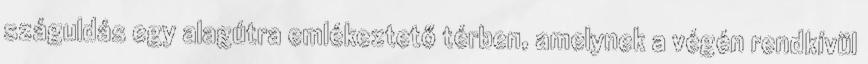
száguldás egy alagútra emlékeztető térben, amelynek a végén rendkívül